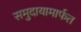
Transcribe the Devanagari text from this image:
समुदायामार्फत